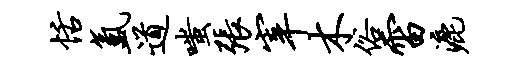
恬氲道嗤张宰木俗雷漉